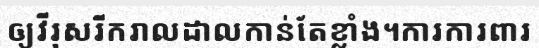
ឲ្យវីរុសរីករាលដាលកាន់តែខ្លាំង។ការការពារ